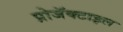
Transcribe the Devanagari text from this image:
प्रोजॅक्टाइल